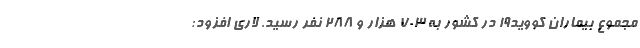
مجموع بیماران کووید۱۹ در کشور به ۷۰۳ هزار و ۲۸۸ نفر رسید. لاری افزود: